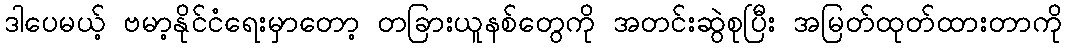
ဒါပေမယ့် ဗမာ့နိုင်ငံရေးမှာတော့ တခြားယူနစ်တွေကို အတင်းဆွဲစုပြီး အမြတ်ထုတ်ထားတာကို